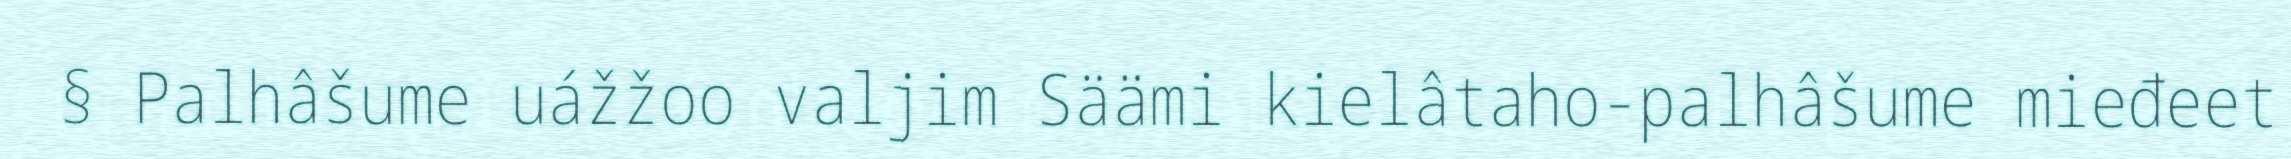
§ Palhâšume uážžoo valjim Säämi kielâtaho-palhâšume mieđeet